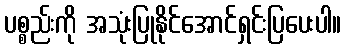
ပစ္စည်းကို အသုံးပြုနိုင်အောင်ရှင်းပြပေးပါ။